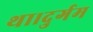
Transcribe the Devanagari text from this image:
था।दुर्गम